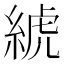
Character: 𦁲